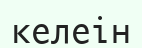
келеін